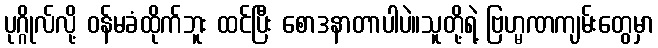
ပုဂ္ဂိုလ်လို့ ဝန်မခံထိုက်ဘူး ထင်ပြီး စောဒနာတာပါပဲ။သူတို့ရဲ့ ဗြဟ္မဏကျမ်းတွေမှာ